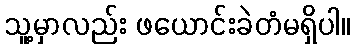
သူ့မှာလည်း ဖယောင်းခဲတံမရှိပါ။